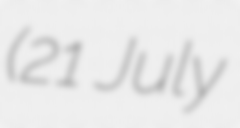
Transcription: (21 July